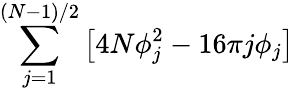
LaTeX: \sum_{j=1}^{\left(N-1\right)/2}\left[4N\phi_{j}^{2}-16\pi j\phi_{j}\right]